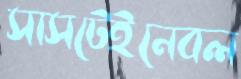
সাসটেইনেবল